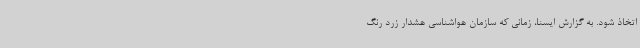
اتخاذ شود. به گزارش ایسنا، زمانی که سازمان هواشناسی هشدار زرد رنگ